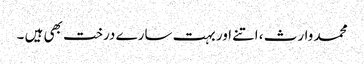
محمد وارث ، اتنے اور بہت سارے درخت بھی ہیں ۔